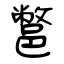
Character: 鄨